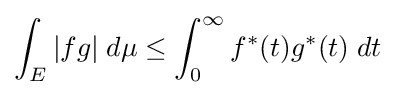
\int _{E}|fg|\;d\mu \leq \int _{0}^{\infty }f^{*}(t)g^{*}(t)\;dt